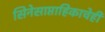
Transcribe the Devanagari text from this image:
सिनेसाप्ताहिकाचेही